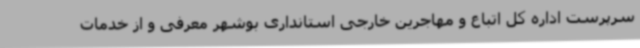
سرپرست اداره کل اتباع و مهاجرین خارجی استانداری بوشهر معرفی و از خدمات